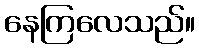
နေကြလေသည်။